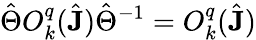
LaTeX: \hat{\Theta}O_{k}^{q}(\hat{\mathbf{J}})\hat{\Theta}^{-1}=O_{k}^{q}(\hat{\mathbf{J}})